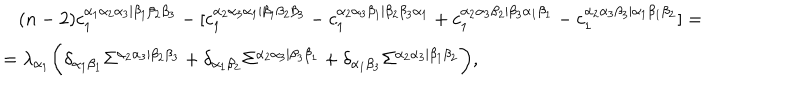
\begin{array} { l } { { \, \, \, \, \, ( n - 2 ) c _ { 1 } ^ { \alpha _ { 1 } \alpha _ { 2 } \alpha _ { 3 } | \beta _ { 1 } \beta _ { 2 } \beta _ { 3 } } - [ c _ { 1 } ^ { \alpha _ { 2 } \alpha _ { 3 } \alpha _ { 1 } | \beta _ { 1 } \beta _ { 2 } \beta _ { 3 } } - c _ { 1 } ^ { \alpha _ { 2 } \alpha _ { 3 } \beta _ { 1 } | \beta _ { 2 } \beta _ { 3 } \alpha _ { 1 } } + c _ { 1 } ^ { \alpha _ { 2 } \alpha _ { 3 } \beta _ { 2 } | \beta _ { 3 } \alpha _ { 1 } \beta _ { 1 } } - c _ { 1 } ^ { \alpha _ { 2 } \alpha _ { 3 } \beta _ { 3 } | \alpha _ { 1 } \beta _ { 1 } \beta _ { 2 } } ] = } } \\ { { = \lambda _ { \alpha _ { 1 } } \biggl ( \delta _ { \alpha _ { 1 } \beta _ { 1 } } \Sigma ^ { \alpha _ { 2 } \alpha _ { 3 } | \beta _ { 2 } \beta _ { 3 } } + \delta _ { \alpha _ { 1 } \beta _ { 2 } } \Sigma ^ { \alpha _ { 2 } \alpha _ { 3 } | \beta _ { 3 } \beta _ { 1 } } + \delta _ { \alpha _ { 1 } \beta _ { 3 } } \Sigma ^ { \alpha _ { 2 } \alpha _ { 3 } | \beta _ { 1 } \beta _ { 2 } } \biggr ) , } } \\ \end{array}